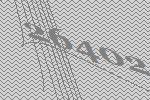
26402